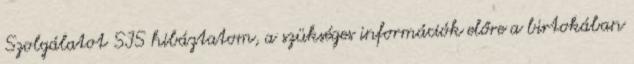
Szolgálatot SIS hibáztatom, a szükséges információk előre a birtokában